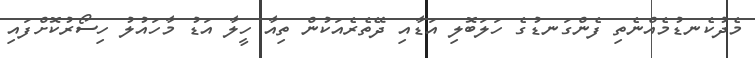
މެދުކެނޑުމެއްނެތި ފެންގަނޑުގެ ހަލަބޮލި އަޑާއި ދޭތެރެއަކުން ތިއާ ހީލާ އަޑު މާހައުލު ހިސޯރުކޮށްފައި